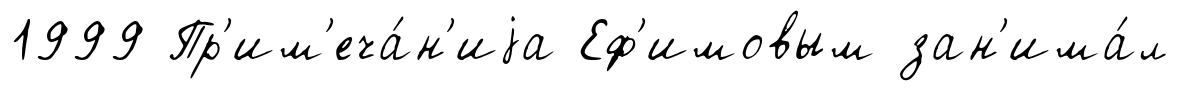
1999 Пр'им'еча́н'иjа Еф'имовым зан'има́л